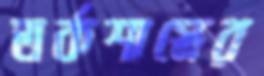
তর্কশাস্ত্রের